Source: Handwritten
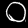
Digit: ၀ (0)